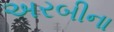
અરબીના